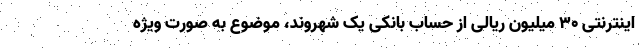
اینترنتی 30 میلیون ریالی از حساب بانکی یک شهروند، موضوع به صورت ویژه